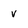
Character: v